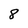
Character: 8